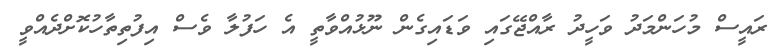
ރައީސް މުހަންމަދު ވަހީދު ރާއްޖޭގައި ވަޑައިގެން ނޫޅުއްވާތީ އެ ހަފުލާ ވެސް އިފުތިތާހުކޮށްދެއްވީ